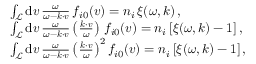
\begin{array} { r l } & { \int _ { \mathcal { L } } \mathrm { d } \boldsymbol { v } \, \frac { \omega } { \omega - \boldsymbol { k } \cdot \boldsymbol { v } } \, f _ { i 0 } ( \boldsymbol { v } ) = n _ { i } \, \xi ( \omega , \boldsymbol { k } ) \, , } \\ & { \int _ { \mathcal { L } } \mathrm { d } \boldsymbol { v } \, \frac { \omega } { \omega - \boldsymbol { k } \cdot \boldsymbol { v } } \left( \frac { \boldsymbol { k } \cdot \boldsymbol { v } } { \omega } \right) \, f _ { i 0 } ( \boldsymbol { v } ) = n _ { i } \, [ \xi ( \omega , \boldsymbol { k } ) - 1 ] \, , } \\ & { \int _ { \mathcal { L } } \mathrm { d } \boldsymbol { v } \, \frac { \omega } { \omega - \boldsymbol { k } \cdot \boldsymbol { v } } \left( \frac { \boldsymbol { k } \cdot \boldsymbol { v } } { \omega } \right) ^ { 2 } f _ { i 0 } ( \boldsymbol { v } ) = n _ { i } \, [ \xi ( \omega , \boldsymbol { k } ) - 1 ] \, , } \end{array}